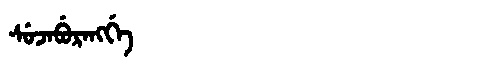
Manchu: ᠰᡠᠵᠠᠪᡠᡵᠠᠩᡤᡝ
Romanization: SUJABURANGGE